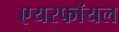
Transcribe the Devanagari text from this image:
एयरफॉयल